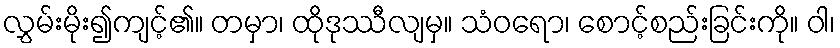
လွှမ်းမိုး၍ကျင့်၏။ တမှာ၊ ထိုဒုဿီလျမှ။ သံဝရော၊ စောင့်စည်းခြင်းကို။ ဝါ၊